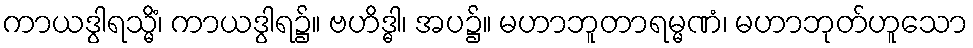
ကာယဒွါရသ္မိံ၊ ကာယဒွါရ၌။ ဗဟိဒ္ဓါ၊ အပ၌။ မဟာဘူတာရမ္မဏံ၊ မဟာဘုတ်ဟူသော